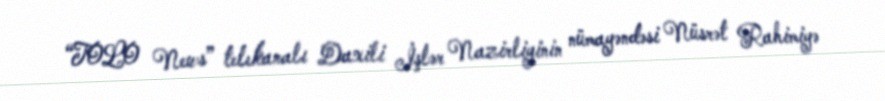
“TOLO News” telekanalı Daxili İşlər Nazirliyinin nümayəndəsi Nüsrət Rahimiyə